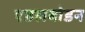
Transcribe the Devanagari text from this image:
एडलबोडन